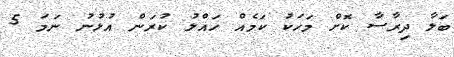
ބަލާ ދިރާސާ ކޮށް މަހަކު ކަމެއް ހައްލު ކުރަން އުޅުނު ނަމަ 5